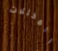
المخللات